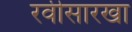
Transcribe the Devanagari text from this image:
रवीसारखा